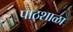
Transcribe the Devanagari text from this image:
पाठ्शाळा